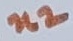
Text: n2